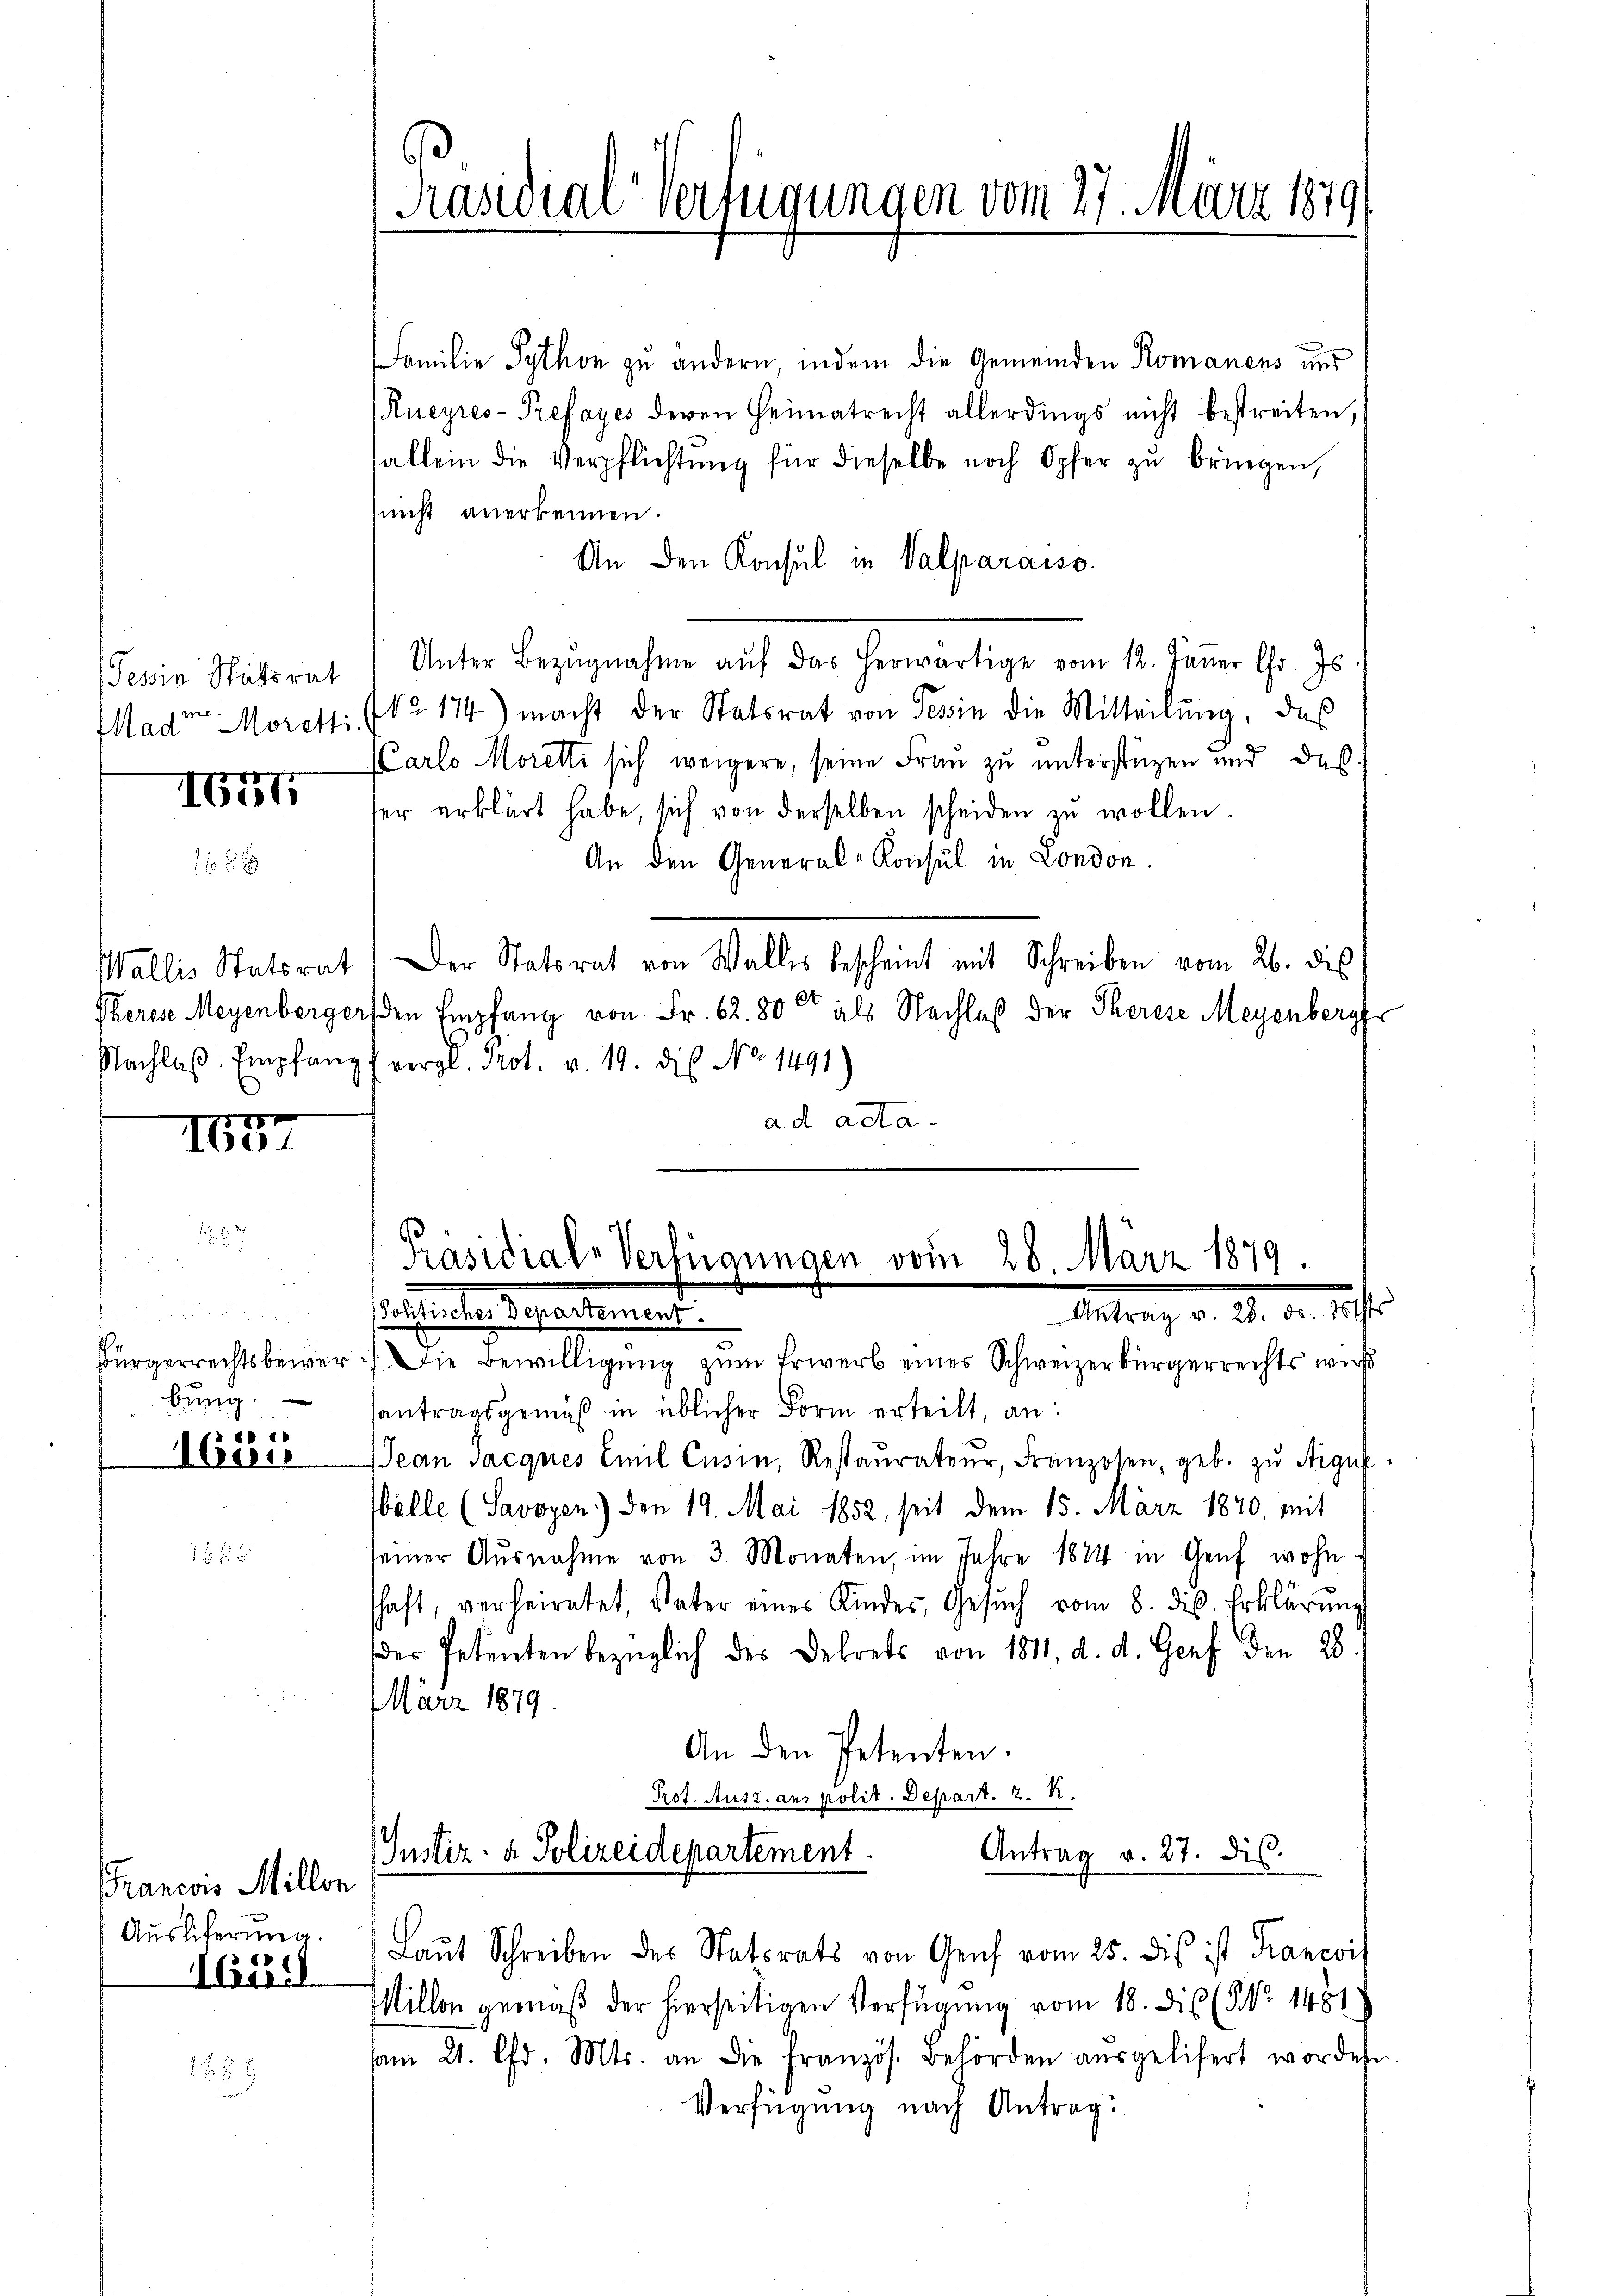
Tessin Stätsrat
Mader Morekti

IGit

11
Ibe

a
bung.
 d 1
ben

Francois Millon
Ausliferung.
1651

Familie Python zu andern, indem die Gemeinden Romanens und
Rueyres-Prefayes deren Heimatrecht allerdings nicht bestreiten,
fallein die Verpflichtŭng für dieselbe noch Opfer zŭ bringen,
snicht anerkennen.
An den Konsul in Valparaiso
Unter Bezŭgnahme aŭf das herwärtige vom 12. Jäṅer fr. Js.
Nr. 174) macht der Statsrat von Tessin die Mitteilŭng, das
CCarlo Morelti sich weigere, seine Frau zu unterstüzen und daß
her erklärt habe, sich von derselben scheiden zŭ wollen.
An den General-Konsul in London.
Wallis Statsrat Der Statsrat von Walles bescheint mit Schreiben vom 26. die
Theres Meyenbergersten Empfang von Fr. 62. 800 als Nachlaß der Therese Meyenberger
Nachlaβ. Empfang (vergl. Prot. v. 19. die No. 1491)
ad acta.

Präsidial-Verfügungen vom 27. März 1879

Bürgerrechtsbewer. Die Bewilligung zum Erwerb einer Schweizerbürgerrechts wird
santragsgemäß in üblicher Form erteilt, an:
Jean Jacques Emil Cusin, Restaŭrateŭr, Franzosen, geb. zu Argu
bälle (Savoyen) den 19. Mai 1852, seit dem 15. März 1840, mit
seiner Ausnahme von 3. Monaten, im Jahre 1874 in Genf wohnschaft, verheiratet, Vater eines Kinder, Gesŭch vom 8. die Erklärŭng
der Petenten bezüglich des Dekrets von 1811, d. d. Genf den 28.
März 1879.
An den Petenten.
Prot. Ausz. aus polit. Depart. 2. K
Justiz- & Polizeidepartement.
Antrag v. 27. dis.
Laŭt Schreiben des Statsrats von Genf vom 25. dis ist Krancois
Millon gemäß der hierseitigen Verfügung vom 18. die (NNo. 1451)
am 21. Chr. Mts. an die französ. Behörden aŭsgelisert worden.
Verfügung nach Antrag:

Präsidial-Verfügungen vom 28. März 1879.
Mitten, d. d. d. 12.
Bosheiter Departement